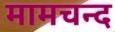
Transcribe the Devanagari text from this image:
मामचन्द